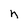
Character: n